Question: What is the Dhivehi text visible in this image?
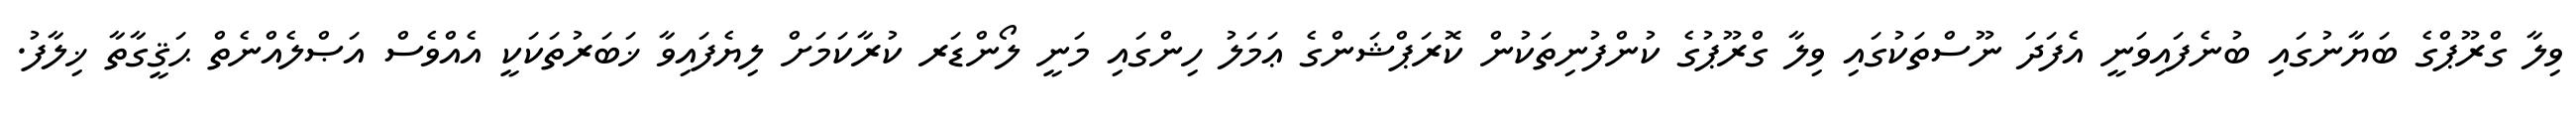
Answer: ވިލާ ގްރޫޕްގެ ބަޔާނުގައި ބުނެފައިވަނީ އެފަދަ ނޫސްތަކުގައި ވިލާ ގްރޫޕުގެ ކުންފުނިތަކުން ކޮރަޕްޝަންގެ ޢަމަލު ހިންގައި މަނީ ލޯންޑަރ ކުރާކަމަށް ލިޔެފައިވާ ޚަބަރުތަކަކީ އެއްވެސް އަޞްލެއްނެތް ޙަޤީގާތާ ޚިލާފު.